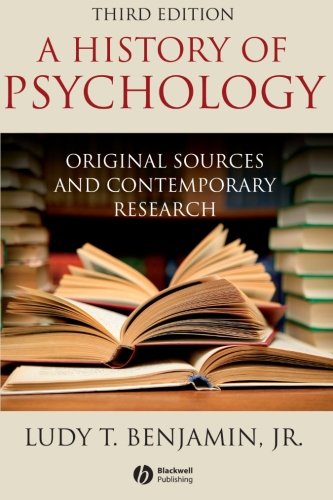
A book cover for History of Psychology: Original Sources and Contemporary Research; Ludy T. Benjamin Jr.; Medical Books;